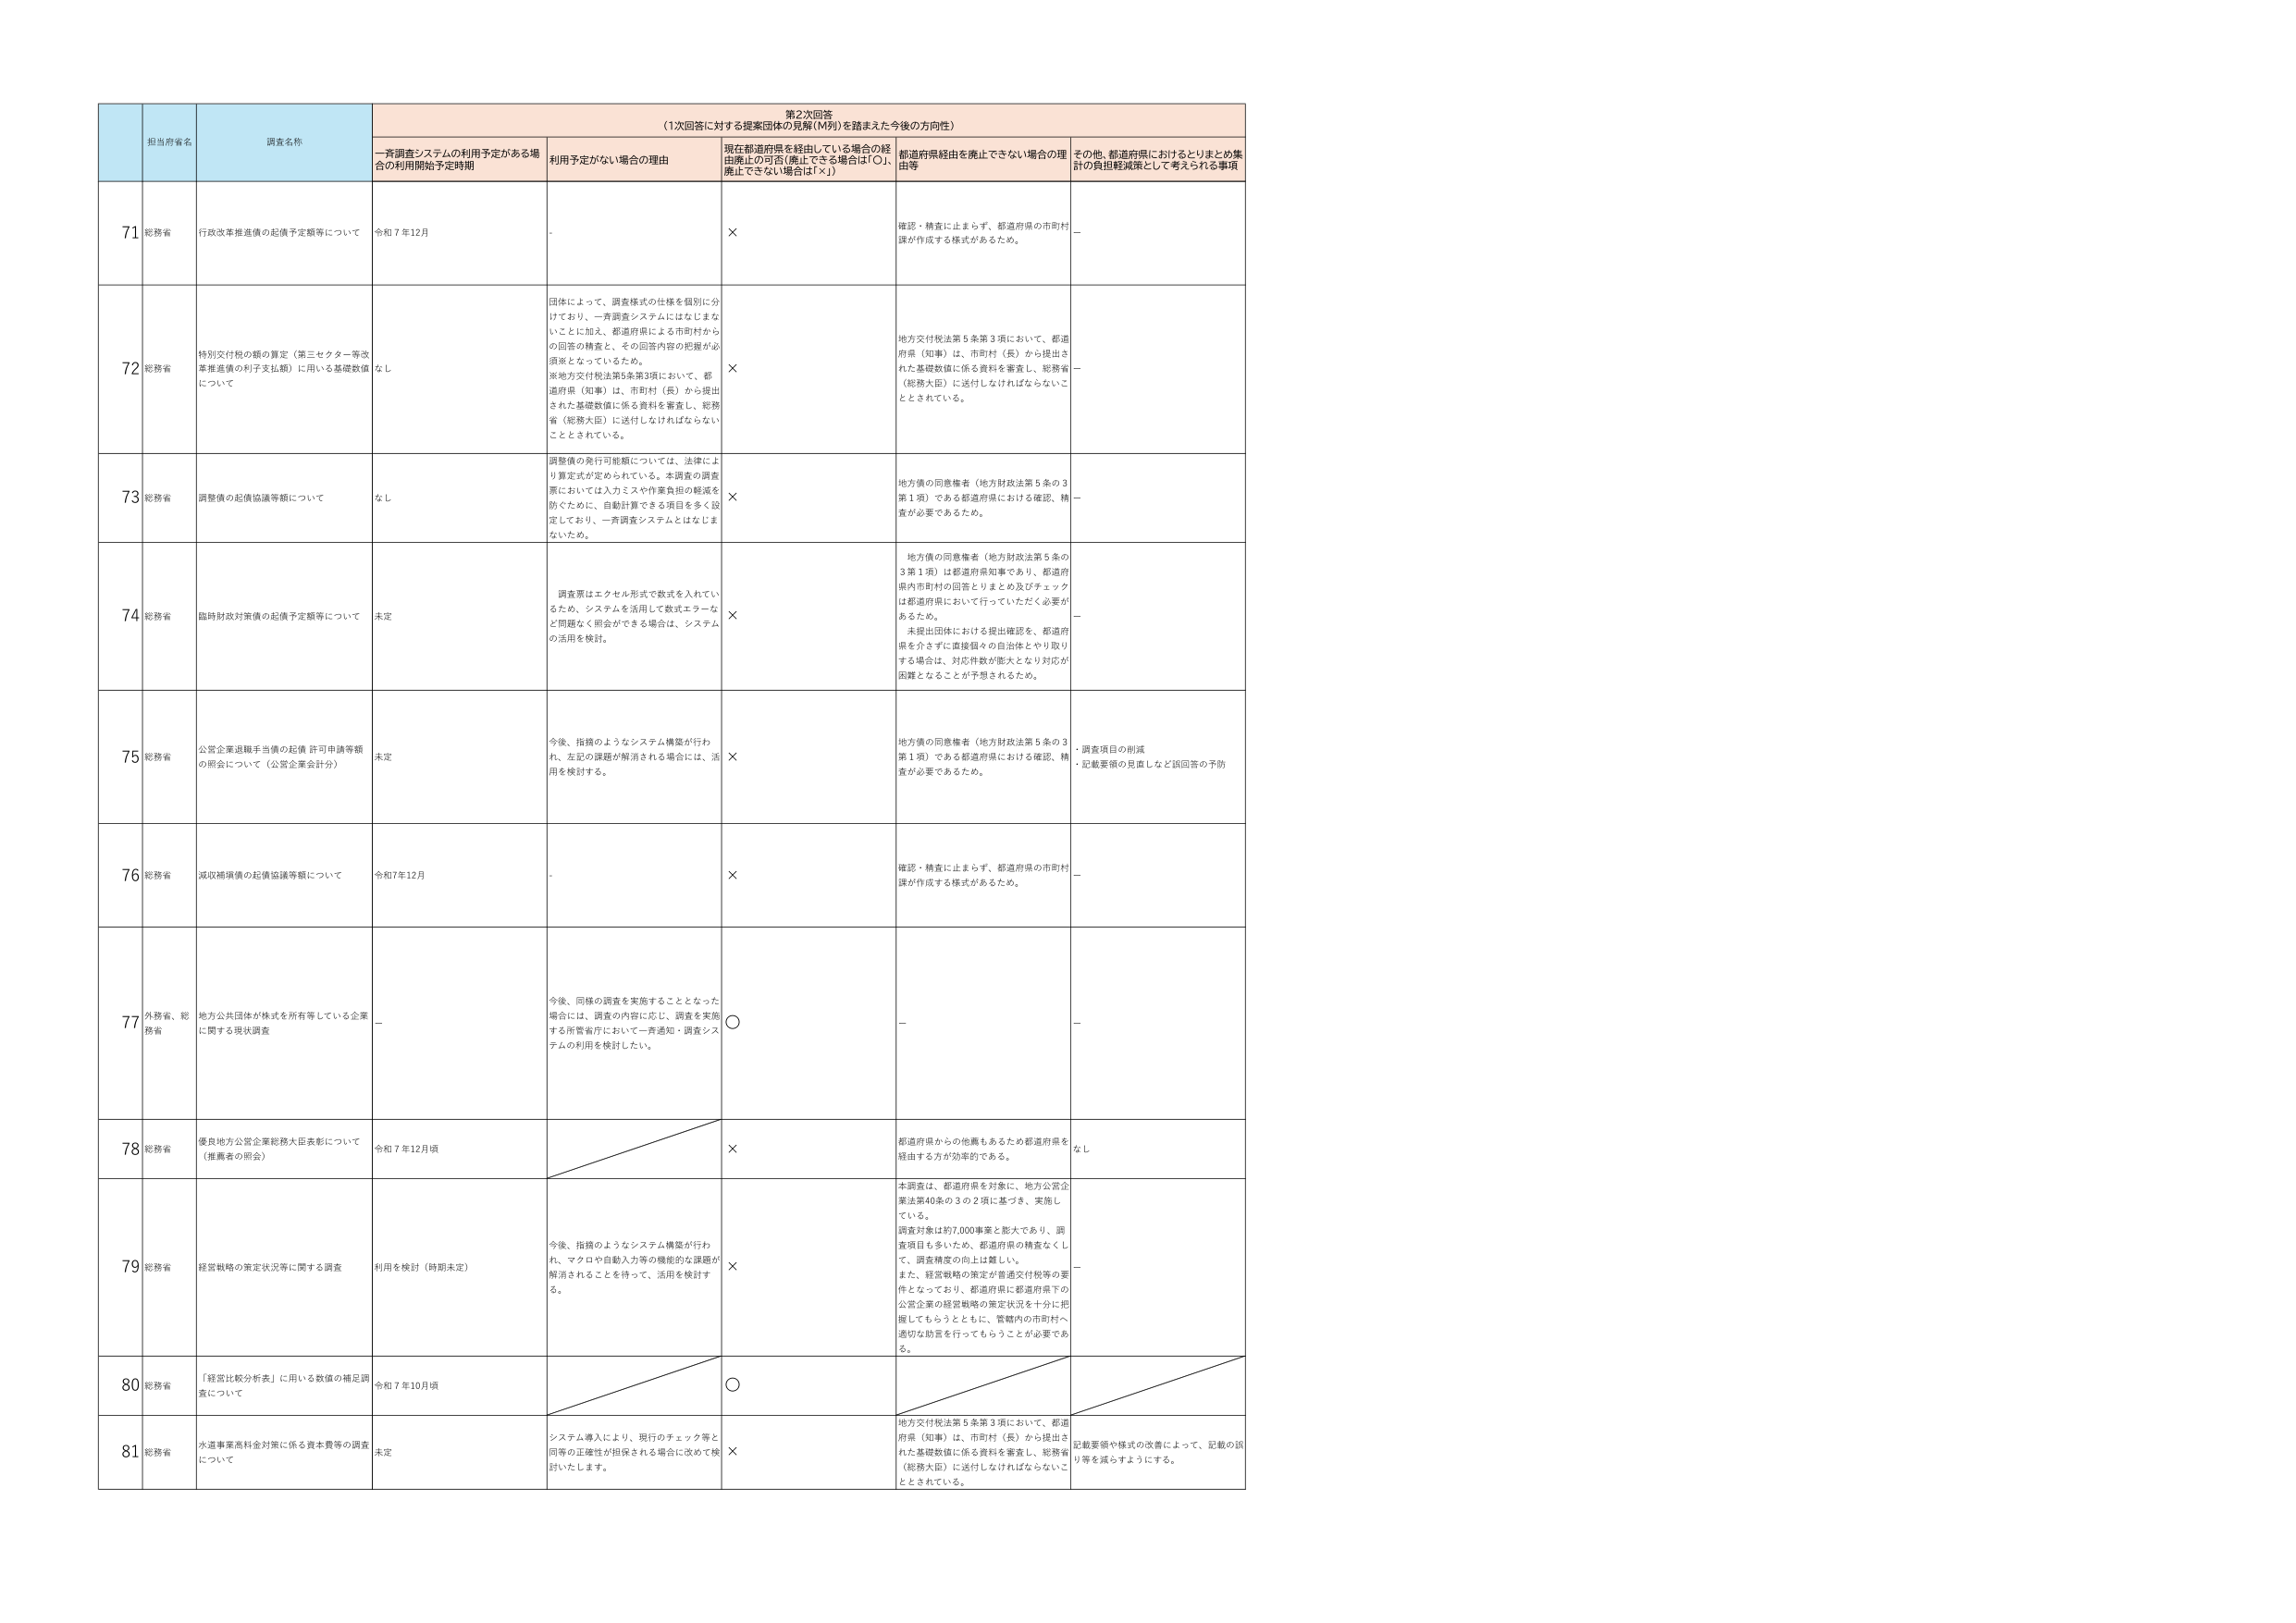
第2次回答
（1次回答に対する提案団体の見解（M列）を踏まえた今後の方向性）

担当府省名
調査名称
一斉調査システムの利用予定がある場合の利用開始予定時期
利用予定がない場合の理由
現在都道府県を経由している場合の経由廃止の可否（廃止できる場合は「○」、廃止できない場合は「×」）
都道府県経由を廃止できない場合の理由等
その他、都道府県におけるとりまとめ集計の負担軽減策として考えられる事項

71
総務省
行政改革推進債の起債予定額等について
令和7年12月
-
×
確認・精査に止まらず、都道府県の市町村課が作成する様式があるため。
-

72
総務省
特別交付税の額の算定（第三セクター等改革推進債の利子支払額）に用いる基礎数値について
なし
団体によって、調査様式の仕様を個別に分けており、一斉調査システムにはなじまないことに加え、都道府県による市町村からの回答の精査と、その回答内容の把握が必須となっているため。
※地方交付税法第5条第3項において、都道府県（知事）は、市町村（長）から提出された基礎数値に係る資料を審査し、総務省（総務大臣）に送付しなければならないこととされている。
×
地方交付税法第5条第3項において、都道府県（知事）は、市町村（長）から提出された基礎数値に係る資料を審査し、総務省（総務大臣）に送付しなければならないこととされている。
-

73
総務省
調整債の起債協議等額について
なし
調整債の発行可能額については、法律により算定式が定められている。本調査の調査票においては入力ミスや作業負担の軽減を防ぐために、自動計算できる項目を多く設定しており、一斉調査システムとはなじまないため。
×
地方債の同意権者（地方財政法第5条の3第1項）である都道府県における確認、精査が必要であるため。
-

74
総務省
臨時財政対策債の起債予定額等について
未定
調査票はエクセル形式で数式を入れているため、システムを活用して数式エラーなど問題なく照会ができる場合は、システムの活用を検討。
×
地方債の同意権者（地方財政法第5条の3第1項）は都道府県知事であり、都道府県内市町村の回答とりまとめ及びチェックは都道府県において行っていただく必要があるため。
未提出団体における提出確認を、都道府県を介さずに直接個々の自治体とやり取りする場合は、対応件数が膨大となり対応が困難となることが予想されるため。
-

75
総務省
公営企業退職手当債の起債許可申請等額の照会について（公営企業会計分）
未定
今後、指摘のようなシステム構築が行われ、左記の課題が解消される場合には、活用を検討する。
×
地方債の同意権者（地方財政法第5条の3第1項）である都道府県における確認、精査が必要であるため。
・調査項目の削減
・記載要領の見直しなど誤回答の予防

76
総務省
減収補填債の起債協議等額について
令和7年12月
-
×
確認・精査に止まらず、都道府県の市町村課が作成する様式があるため。
-

77
外務省、総務省
地方公共団体が株式を所有等している企業に関する現状調査
-
今後、同様の調査を実施することとなった場合には、調査の内容に応じ、調査を実施する所管省庁において一斉通知・調査システムの利用を検討したい。
○
-
-

78
総務省
優良地方公営企業総務大臣表彰について（推薦者の照会）
令和7年12月頃
-
×
都道府県からの他職もあるため都道府県を経由する方が効率的である。
なし

79
総務省
経営戦略の策定状況等に関する調査
利用を検討（時期未定）
今後、指摘のようなシステム構築が行われ、マクロや自動入力等の機能的な課題が解消されることを待って、活用を検討する。
×
本調査は、都道府県を対象に、地方公営企業法第40条の3の2項に基づき、実施している。
調査対象は約7,000事業と膨大であり、調査項目も多いため、都道府県の精査なくして、調査精度の向上は難しい。
また、経営戦略の策定が普通交付税等の要件となっており、都道府県に都道府県下の公営企業の経営戦略の策定状況を十分に把握してもらうとともに、管轄内の市町村へ適切な助言を行ってもらうことが必要である。
-

80
総務省
「経営比較分析表」に用いる数値の補足調査について
令和7年10月頃
-
○
-
-

81
総務省
水道事業高料金対策に係る資本費等の調査について
未定
システム導入により、現行のチェック等と同等の正確性が担保される場合に改めて検討いたします。
×
地方交付税法第5条第3項において、都道府県（知事）は、市町村（長）から提出された基礎数値に係る資料を審査し、総務省（総務大臣）に送付しなければならないこととされている。
記載要領や様式の改善によって、記載の誤り等を減らすようにする。